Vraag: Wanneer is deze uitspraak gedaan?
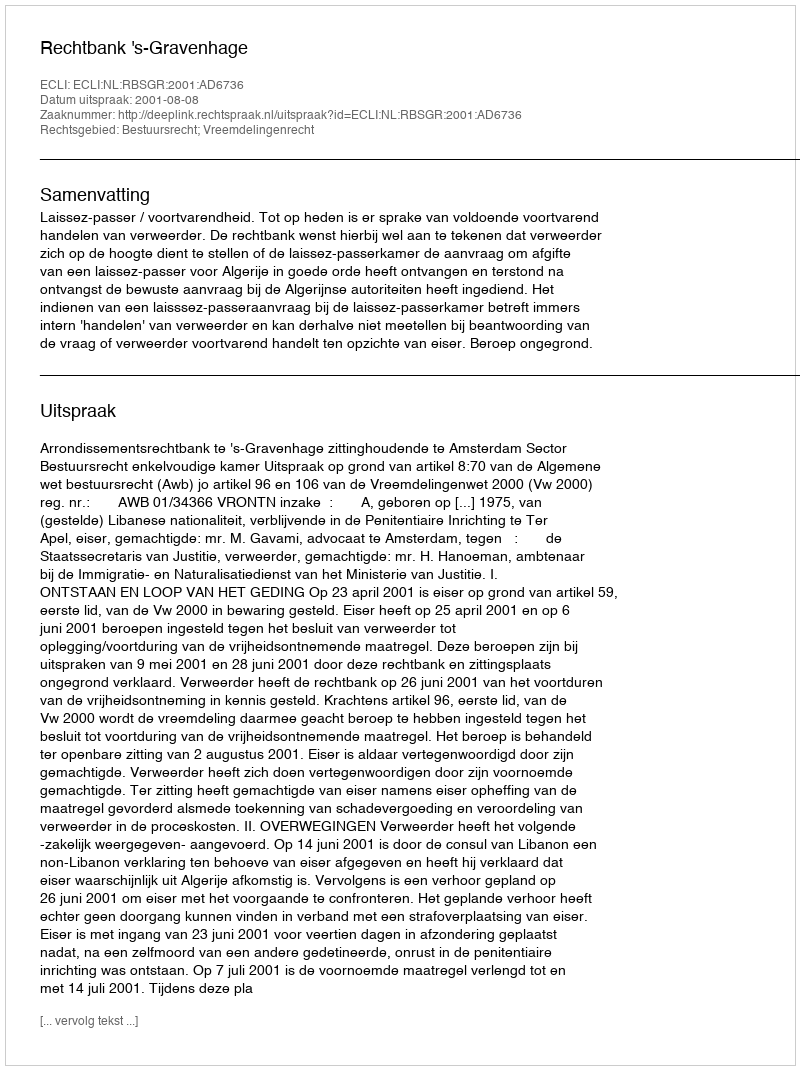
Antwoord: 2001-08-08